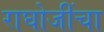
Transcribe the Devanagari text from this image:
राघोजींचा